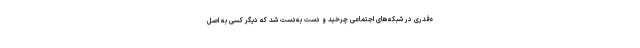
ه‌قدری در شبکه‌های اجتماعی چرخید و دست به‌دست شد که دیگر کسی به اصل